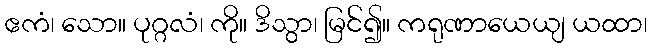
ဧကံ၊ သော။ ပုဂ္ဂလံ၊ ကို။ ဒိသွာ၊ မြင်၍။ ကရုဏာယေယျ ယထာ၊